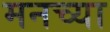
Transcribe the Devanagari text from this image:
मनच्या